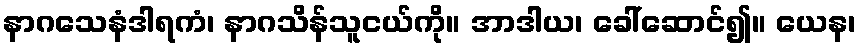
နာဂသေနံဒါရကံ၊ နာဂသိန်သူငယ်ကို။ အာဒါယ၊ ခေါ်ဆောင်၍။ ယေန၊